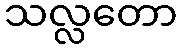
သလ္လတော